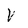
Character: V